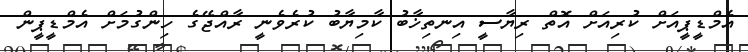
އެމްޑީޕީއަށް ކުރިއަށް އޮތް ރިޔާސީ އިނތިޚާބު ކާމިޔާބު ކުރެވެނީ ރާއްޖޭގެ ހިންގުމަށް އެމްޑީޕީން